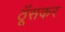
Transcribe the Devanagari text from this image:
ठूँसकर